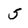
Character: 5